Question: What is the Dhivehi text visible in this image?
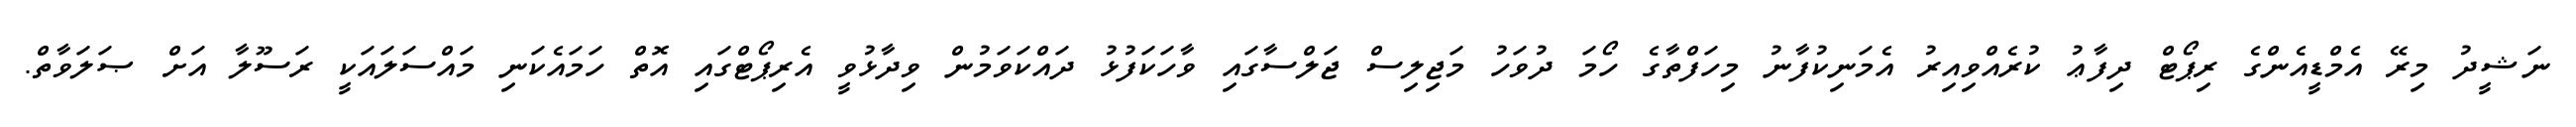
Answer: ނަޝީދު މިރޭ އެމްޑީއެންގެ ރިޕޯޓް ދިފާޢު ކުރެއްވިއިރު އެމަނިކުފާނު މިހަފްތާގެ ހޯމަ ދުވަހު މަޖިލިސް ޖަލްސާގައި ވާހަކަފުޅު ދައްކަވަމުން ވިދާޅުވީ އެރިޕޯޓްގައި އޮތް ހަމައެކަނި މައްސަލައަކީ ރަސޫލާ އަށް ޞަލަވާތް.